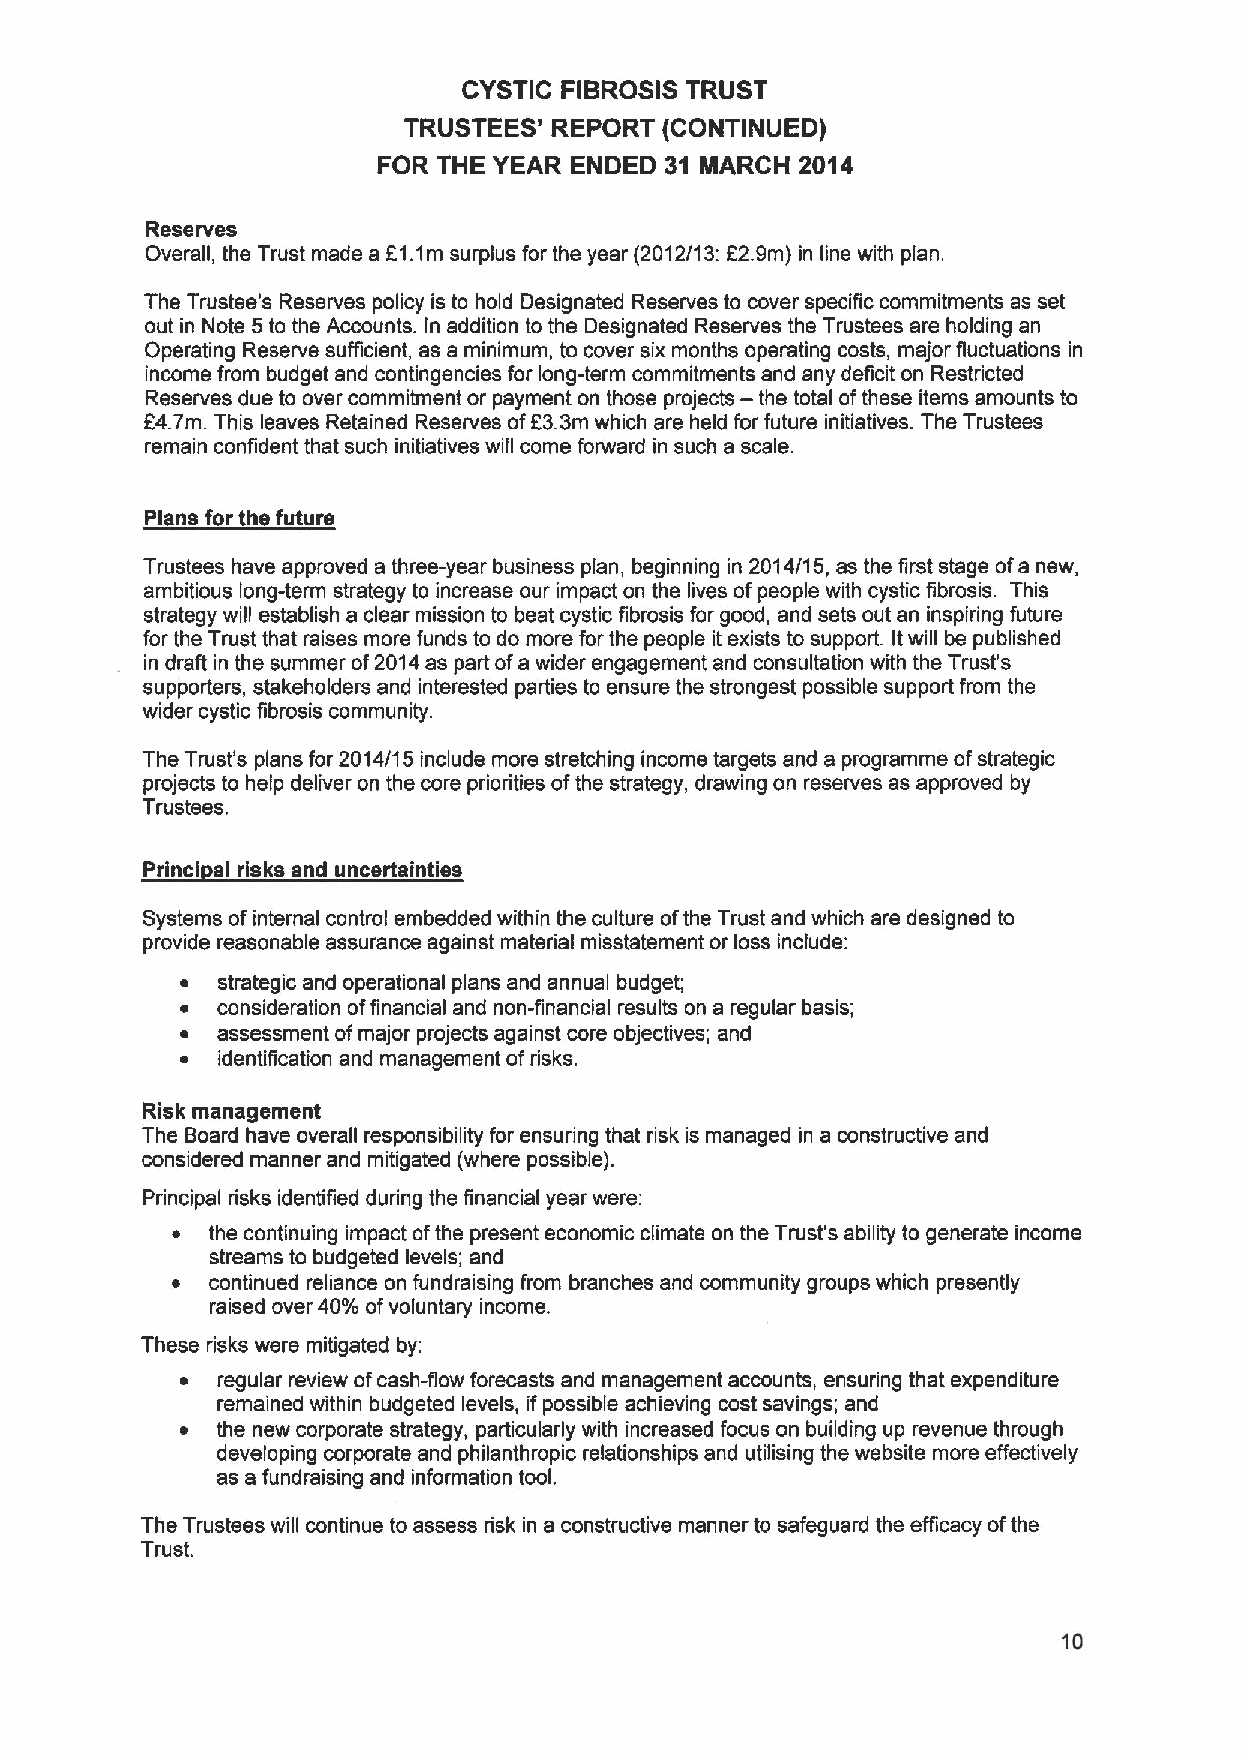
CYSTIC FIBROSIS TRUST
 TRUSTEES' REPORT (CONTINUED)
 FOR THE YEAR ENDED 31 MARCH 2014
 Reserves
 Overall, the Trust made a F1.1m surplus for the year (2012/13: E2.9m) in line with plan.
 The Trustee's Reserves policy is to hold Designated Reserves to cover specific commitments as set
 out in Note 5to the Accounts. In addition to the Designated Reserves the Trustees are holding an
 Operating Reserve sufficient, as a minimum, to cover six months operating costs, major fluctuations in
 income from budget and contingencies for long-term commitments and any deficit on Restricted
 —
 Reserves due to over commitment or payment on those projects the total ofthese items amounts to
 k4.7m. This leaves Retained Reserves of53.3m which are held for future initiatives. The Trustees
 remain confident that such initiatives will come forward in such a scale.
 Plans for the future
 Trustees have approved a three-year business plan, beginning in 2014/15, as the first stage ofa new,
 ambitious long-term strategy to increase our impact on the lives ofpeople with cystic fibrosis. This
 strategy will establish a clear mission to beat cystic fibrosis for good, and sets out an inspiring future
 for the Trust that raises more funds to do more for the people it exists to support. Itwill be published
 in draft in the summer of2014as part ofa wider engagement and consultation with the Trust's
 supporters, stakeholders and interested parties to ensure the strongest possible support from the
 wider cystic fibrosis community.
 The Trust's plans for 2014/15 include more stretching income targets and a programme ofstrategic
 projects to help deliver on the core priorities ofthe strategy, drawing on reserves as approved by
 Trustees.
 Princi al risks and uncertainties
 Systems ofinternal control embedded within the culture ofthe Trust and which are designed to
 provide reasonable assurance against material misstatement or loss include:
 ~ strategic and operational plans and annual budget;
 ~ consideration offinancial and non-financial results on a regular basis;
 ~ assessment ofmajor projects against core objectives; and
 ~ identification and management ofrisks.
 Risk management
 The Board have overall responsibility for ensuring that risk is managed in a constructive and
 considered manner and mitigated (where possible).
 Principal risks identified during the financial year were:
 ~  the continuing impact ofthe present economic climate on the Trust's ability to generate income
 streams to budgeted levels; and
 ~  continued reliance on fundraising from branches and community groups which presently
 raised over 40'/0 ofvoluntary income.
 These risks were mitigated by:
 ~ regular review ofcash-flow forecasts and management accounts, ensuring that expenditure
 remained within budgeted levels, ifpossible achieving cost savings; and
 ~ the new corporate strategy, particularly with increased focus on building up revenue through
 developing corporate and philanthropic relationships and utilising the website more effectively
 as a fundraising and information tool.
 The Trustees will continue to assess risk in a constructive manner to safeguard the efficacy ofthe
 Trust.
 10